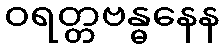
ဝရတ္တဗန္ဓနေန